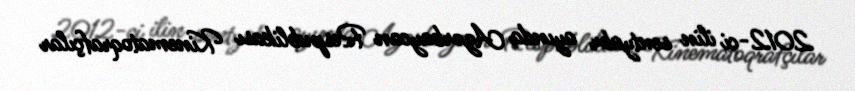
2012-ci ilin sentyabr ayında Azərbaycan Respublikası Kinematoqrafçılar